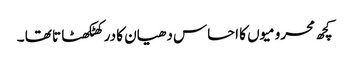
کچھ محرومیوں کا احساس دھیان کا در کھٹکھٹا تا تھا ۔